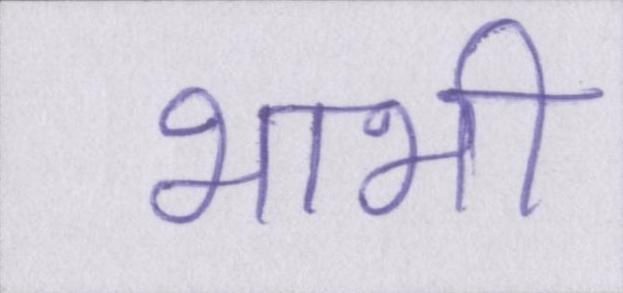
भाभी